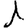
Digit: 1